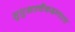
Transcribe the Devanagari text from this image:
सुमुखश्चैकदन्तश्च